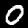
Digit: 0